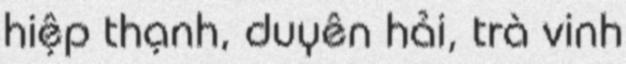
hiệp thạnh, duyên hải, trà vinh